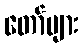
တော်များ